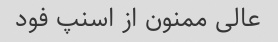
عالی ممنون از اسنپ فود